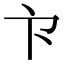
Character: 𭅳